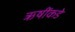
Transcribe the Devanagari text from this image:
ऋषींकडे